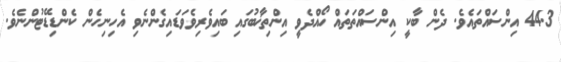
44.3 އިންސައްތައެވެ. ދެން ބާކީ އިންސައްތަތައް ހޯއްދެވީ އިންތިޚާބުގައި ބައިވެރިވެވަޑައިގެންނެވި އެހިނިހެން ކެންޑިޑޭޓުންނެވެ.